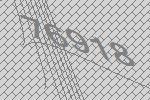
76918